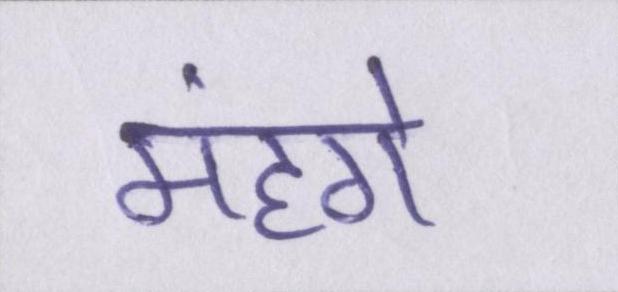
मंहगे